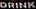
DRING